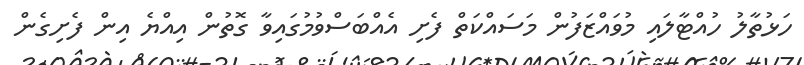
ހަޅުތާލު ހުއްޓާލައި މުވައްޒަފުން މަސައްކަތް ފެށި އެއްބަސްވުމުގައިވާ ގޮތުން އިއްޔެ އިން ފެށިގެން